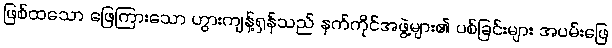
ဖြစ်ထသော ဖြေကြားသော ဟွားကျန့်ရှန်သည် နက်ကိုင်အဖွဲ့များ၏ ပစ်ခြင်းများ အပမ်းဖြေ